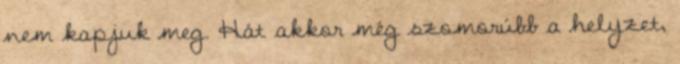
nem kapjuk meg. Hát akkor még szomorúbb a helyzet,